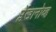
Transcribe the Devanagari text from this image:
प्लेखानोव्ह